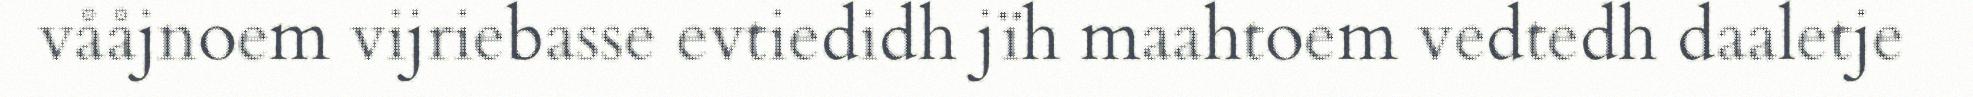
vååjnoem vijriebasse evtiedidh jïh maahtoem vedtedh daaletje